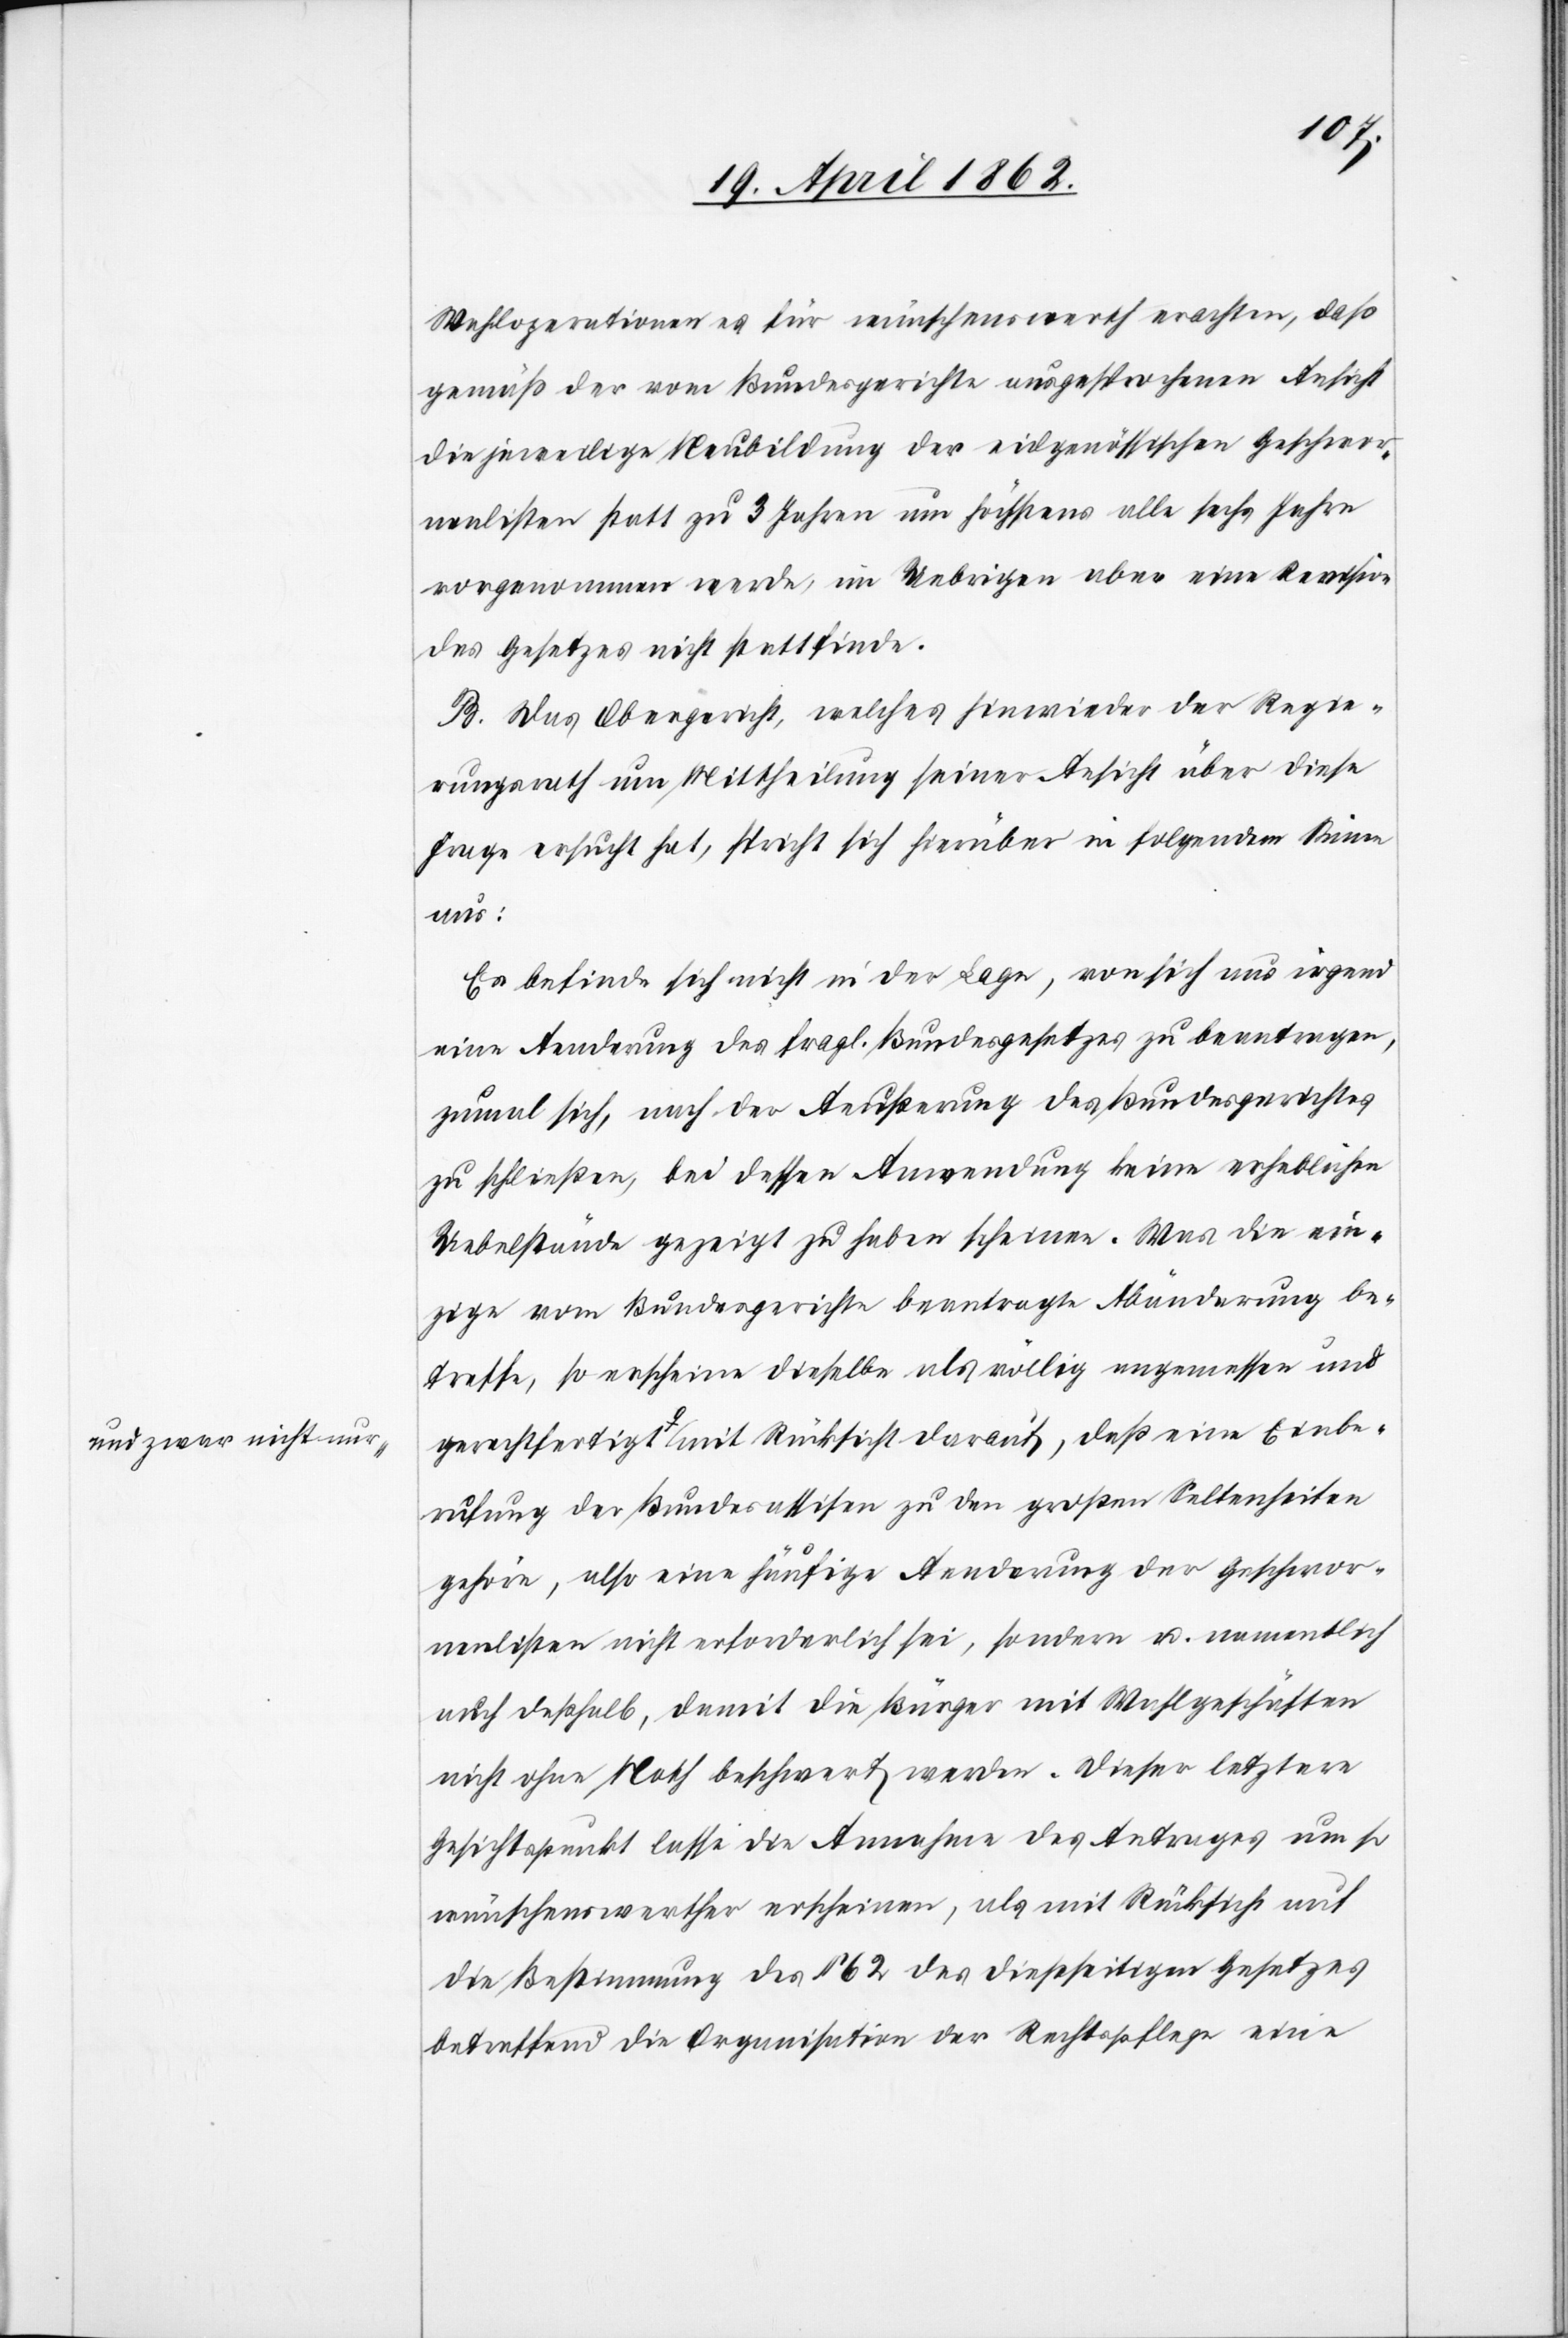
a-und zwar nicht nur-a

Wahloperationen es für wünschenswerth erachten, daß
gemäß der vom Bundesgerichte ausgesprochenen Ansicht
die jeweilige Neubildung der eidgenössischen Geschwor¬
nenlisten statt zu 3 Jahren um höchstens alle sechs Jahre
vorgenommen werde, im Uebrigen aber eine Revision
des Gesetzes nicht stattfinde.
B. Das Obergericht, welches hinwieder der Regie¬
rungsrath um Mittheilung seiner Ansicht über diese
Frage ersucht hat, spricht sich hierüber in folgendem Sinne
nbe¬
Er befinde sich nicht in der Lage, von sich aus irgend
eine Aenderung des fragl. Bundesgesetzes zu beantragen,
zumal sich, nach der Aeußerung des Bundesgerichtes
zu schließen, bei dessen Anwendung keine erheblichen
Uebelstände gezeigt zu haben scheinen. Was die ein¬
zige vom Bundesgerichte beantragte Abänderung be¬
treffe, so erscheine dieselbe als völlig angemessen und
rufung der Bundesassisen zu den großen Seltenheiten
gehöre, also eine häufige Aenderung der Geschwor¬
nenlisten nicht erforderlich sei, sondern u. namentlich
auch deßhalb, damit die Bürger mit Wahlgeschäften
nicht ohne Noth beschwert werden. Dieser letztere
Gesichtspunkt lasse die Annahme des Antrages um so
wünschenswerther erscheinen, als mit Rücksicht auf
die Bestimmung des § 62 des dießseitigen Gesetzes
betreffend die Organisation der Rechtspflege eine